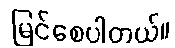
မြင်စေပါတယ်။